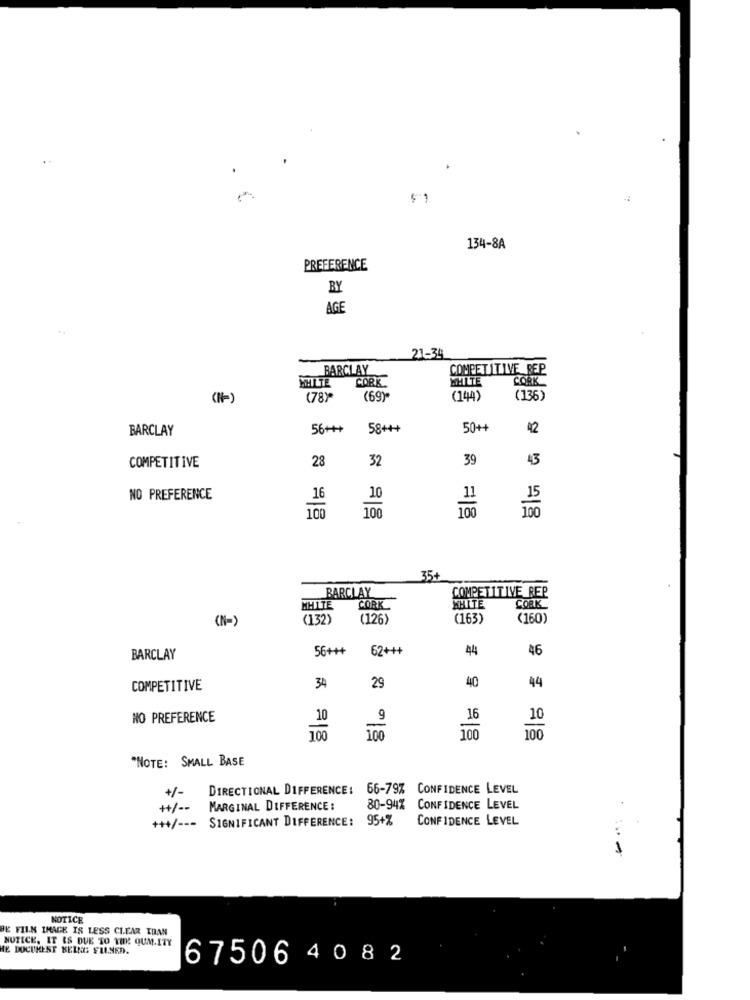
134-8A
PREFERENCE
BY
AGE
21-34
BARCLAY
COMPETITIVE REP
CORK
WHITE
CORK
(N-)
(78)*
(69)
(144)
(136)
BARCLAY
56++++
58+++
50++
42
32
39
43
COMPETITIVE
28
NO PREFERENCE
16
100
100
11
35+
COMPETITIVE REP
BARCLAY
NHLTE
CORK
WHITE
CORK
(N-)
(132)
(126)
(163)
(160)
56+++
62+++
44
46
BARCLAY
40
COMPETITIVE
34
29
44
NO PREFERENCE
10
9
16
100
100
100
100
"NOTE: SMALL BASE
DIRECTIONAL DIFFERENCE:
66-79% CONFIDENCE LEVEL
+/-
++/ --
MARGINAL DIFFERENCE :
80-94% CONFIDENCE LEVEL
+++/ --- SIGNIFICANT DIFFERENCE: 95+%
CONFIDENCE LEVEL
NOTICE
BE FILM IMAGE IS LESS CLEAR TRAN
NOTICE, IT IS DUE TO THE QUM.ITY
HE DOCUREST BEING FILMED.
67506 40 82